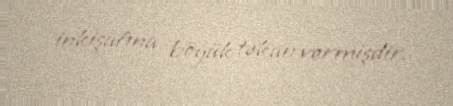
inkişafına böyük təkan vermişdir.